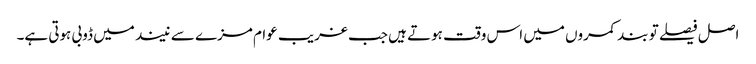
اصل فیصلے تو بند کمروں میں اس وقت ہوتے ہیں جب غریب عوام مزے سے نیند میں ڈوبی ہوتی ہے۔